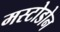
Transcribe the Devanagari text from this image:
मस्टोडोन